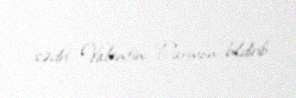
sədri Valentin Parmon bildirib.